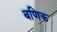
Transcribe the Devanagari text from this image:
बणिक